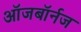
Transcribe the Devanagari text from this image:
ऑजबॉर्नज